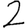
Digit: 2